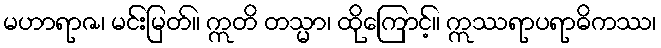
မဟာရာဇ၊ မင်းမြတ်။ ဣတိ တသ္မာ၊ ထိုကြောင့်။ ဣဿရာပရာဓိကဿ၊